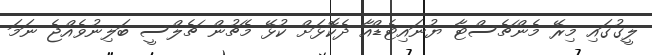
ލީގުގައި މިރޭ މެންޗެސްޓާ ޔުނައިޓެޑްއާ ދެކޮޅަށް ކުޅޭ މެޗުން ޗެލްސީ ބަލިނުވެއްޖެ ނަމަ